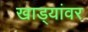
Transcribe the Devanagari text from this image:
खाड्यांवर